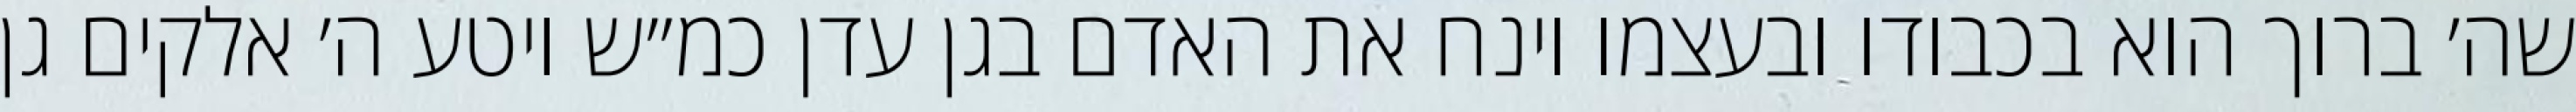
שה׳ ברוך הוא בכבודו ובעצמו וינח את האדם בגן עדן כמ״ש ויטע ה׳ אלקים גן